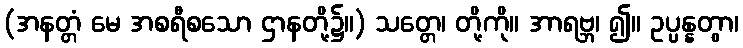
(အနတ္တံ မေ အစရီစသော ဌာနတို့၌။) သတ္တေ၊ တို့ကို။ အာရဗ္ဘ၊ ၍။ ဥပ္ပန္နတွာ၊